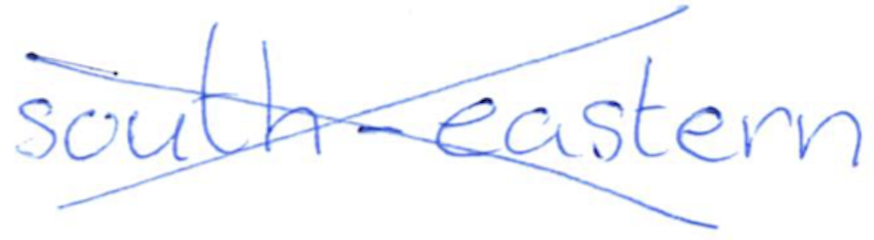
Text: south-eastern
Cross-out: cross
Writing tool: ballpoint